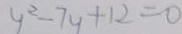
y ^ { 2 } - 7 y + 1 2 = 0